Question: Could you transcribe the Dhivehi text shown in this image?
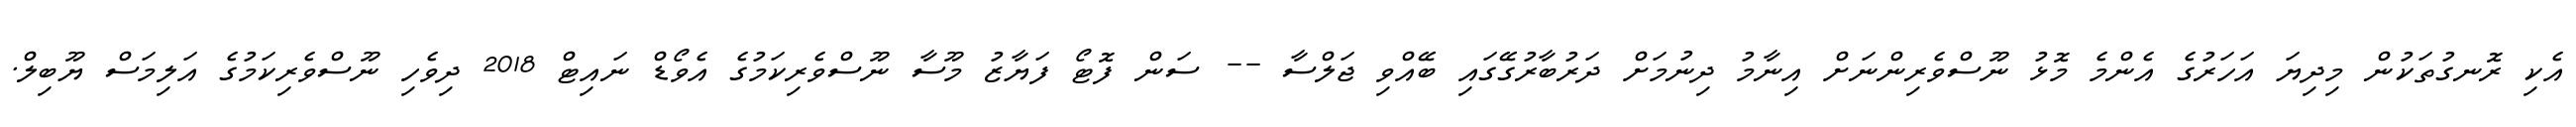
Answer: އެކި ރޮނގުތަކުން މިދިޔަ އަހަރުގެ އެންމެ މޮޅު ނޫސްވެރިންނަށް އިނާމު ދިނުމަށް ދަރުބާރުގޭގައި ބޭއްވި ޖަލްސާ -- ސަން ފޮޓޯ ފަޔާޒު މޫސާ ނޫސްވެރިކަމުގެ އެވޯޑް ނައިޓް 2018 ދިވެހި ނޫސްވެރިކަމުގެ އަލިމަސް ޔޫބިލް.